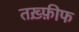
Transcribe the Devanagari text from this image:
तख़्फ़ीफ